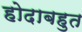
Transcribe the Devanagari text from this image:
होदाबहुत